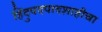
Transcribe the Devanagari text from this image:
हिंदुपदपादशाहीचा